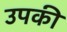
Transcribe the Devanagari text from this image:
उपकी